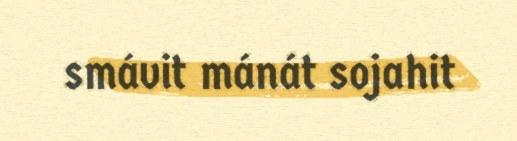
smávit mánát sojahit